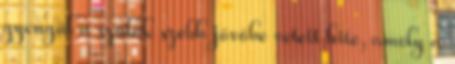
gyengül a szülők szebb jövőbe vetett hite, amely a